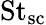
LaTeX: \mathrm{St_{sc}}